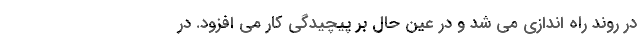
در روند راه اندازی می شد و در عین حال بر پیچیدگی کار می افزود. در